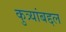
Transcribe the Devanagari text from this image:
कुत्र्यांबद्दल